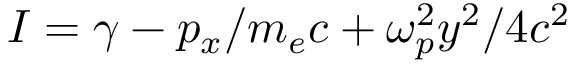
I = \gamma - p _ { x } / m _ { e } c + \omega _ { p } ^ { 2 } y ^ { 2 } / 4 c ^ { 2 }